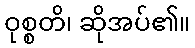
ဝုစ္စတိ၊ ဆိုအပ်၏။